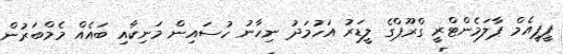
ޕީޕީއެމް ޕާލަމެންޓްރީ ގްރޫޕްގެ ލީޑަރު އަހުމަދު ނިހާނު ހުސައިން މަނިކާއި ބައެއް މެމްބަރުން